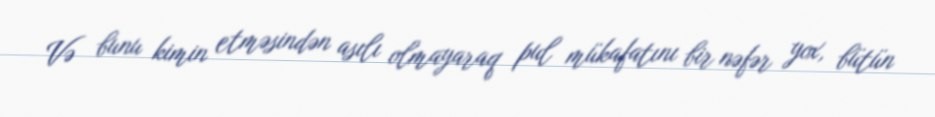
Və bunu kimin etməsindən asılı olmayaraq pul mükafatını bir nəfər yox, bütün